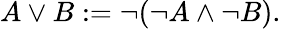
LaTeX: A\lor B:=\neg(\neg A\land\neg B).